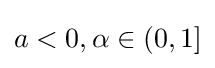
a<0,\alpha \in (0,1]